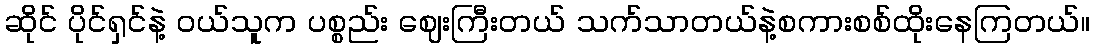
ဆိုင် ပိုင်ရှင်နဲ့ ဝယ်သူက ပစ္စည်း ဈေးကြီးတယ် သက်သာတယ်နဲ့စကားစစ်ထိုးနေကြတယ်။